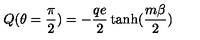
Q ( \theta = \frac { \pi } { 2 } ) = - \frac { q e } { 2 } \tanh ( \frac { m \beta } { 2 } )